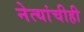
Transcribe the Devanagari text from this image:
नेत्यांचीही